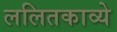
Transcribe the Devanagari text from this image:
ललितकाव्ये